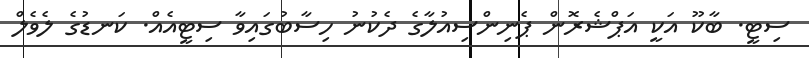
ސިޓީ. ބާކޫ އަކީ އަޕްޝެރޮން ޕެނިންސިއުލާގެ ދެކުނު ހިސާބުގައިވާ ސިޓީއެއް. ކަނޑުގެ ލެވެލް